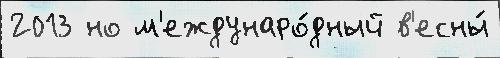
2013 но м'еждунаро́дный в'есны́